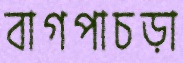
বাগপাচড়া